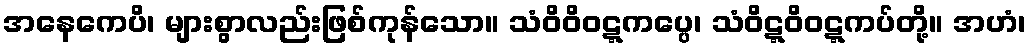
အနေကေပိ၊ များစွာလည်းဖြစ်ကုန်သော။ သံဝိဝိဝဋ္ဋကပ္ပေ၊ သံဝိဋ္ဋဝိဝဋ္ဋကပ်တို့။ အဟံ၊